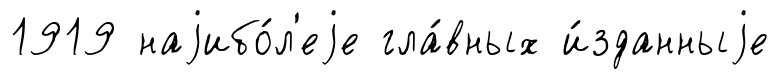
1919 наjибо́л'еjе гла́вных и́зданныjе